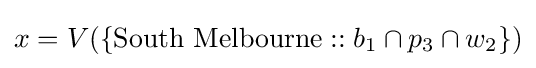
x=V(\{{\text{South Melbourne}}::b_{1}\cap p_{3}\cap w_{2}\})